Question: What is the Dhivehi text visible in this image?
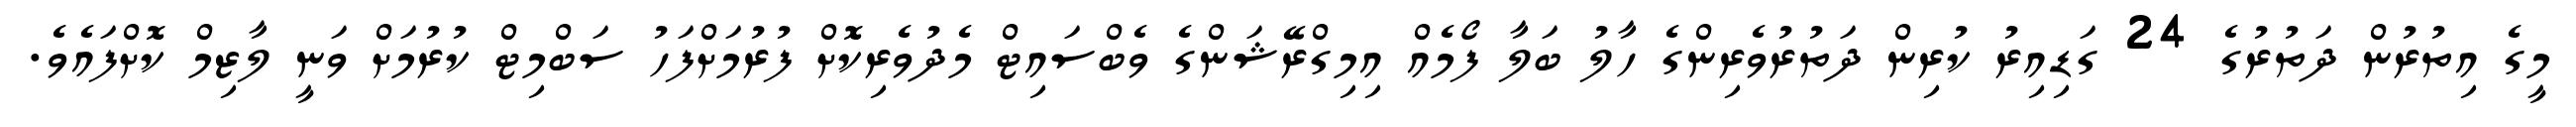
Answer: މީގެ އިތުރުން ދަތުރުގެ 24 ގަޑިއިރު ކުރިން ދަތުރުވެރިންގެ ހާލު ބަލާ ފޯމެއް އިމިގްރޭޝަންގެ ވެބްސައިޓް މެދުވެރިކޮށް ފުރުމަށްފަހު ސަބްމިޓް ކުރުމަށް ވަނީ ލާޒިމް ކޮށްފައެވެ.